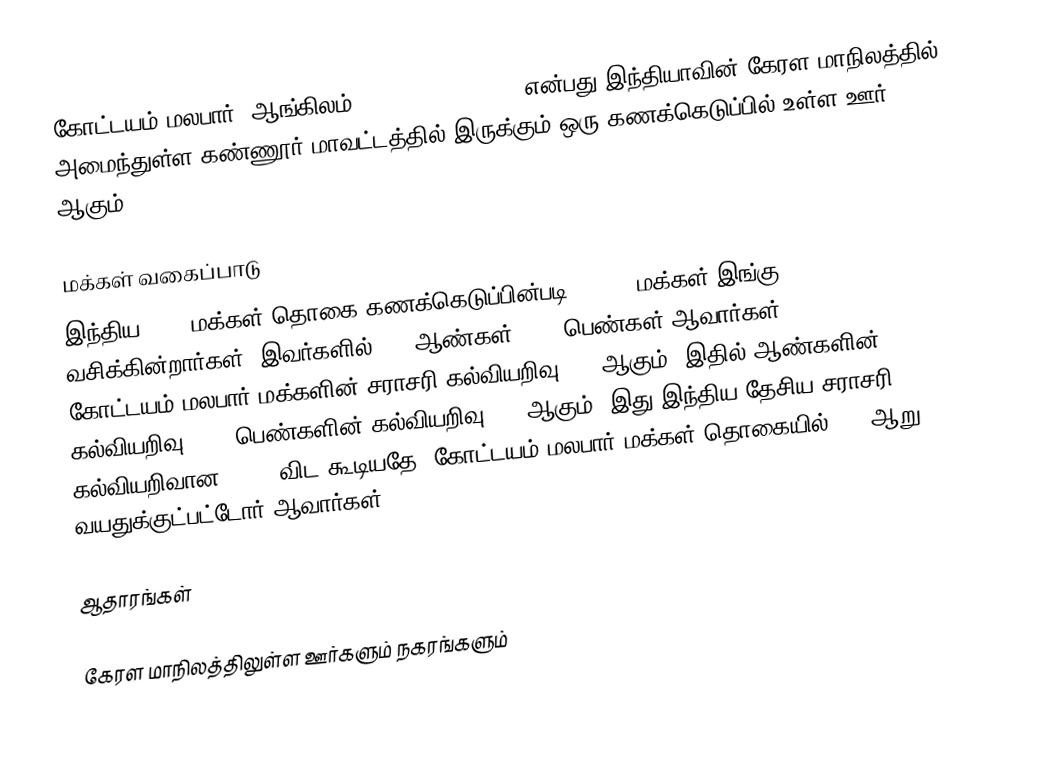
கோட்டயம்-மலபார் (ஆங்கிலம்:Kottayam-Malabar), என்பது இந்தியாவின் கேரள மாநிலத்தில் அமைந்துள்ள கண்ணூர் மாவட்டத்தில் இருக்கும் ஒரு கணக்கெடுப்பில் உள்ள ஊர்  ஆகும்.

மக்கள் வகைப்பாடு
இந்திய 2001 மக்கள் தொகை கணக்கெடுப்பின்படி 17,500 மக்கள் இங்கு வசிக்கின்றார்கள். இவர்களில் 47% ஆண்கள், 53% பெண்கள் ஆவார்கள். கோட்டயம்-மலபார் மக்களின் சராசரி கல்வியறிவு 84% ஆகும்,  இதில் ஆண்களின் கல்வியறிவு 86%,  பெண்களின் கல்வியறிவு 82% ஆகும். இது இந்திய தேசிய சராசரி கல்வியறிவான 59.5% விட கூடியதே. கோட்டயம்-மலபார் மக்கள் தொகையில் 11%  ஆறு வயதுக்குட்பட்டோர் ஆவார்கள்.

ஆதாரங்கள்

 கேரள மாநிலத்திலுள்ள ஊர்களும் நகரங்களும்